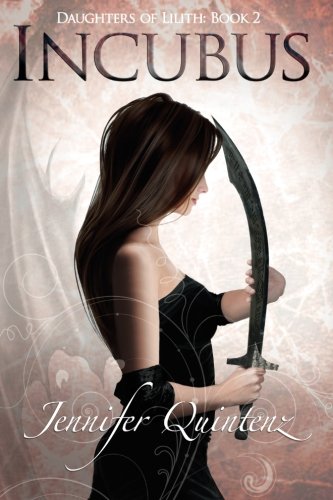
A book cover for Incubus: The Daughters Of Lilith: Book 2 (Volume 2); Jennifer Quintenz; Science Fiction & Fantasy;